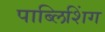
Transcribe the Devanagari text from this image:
पाब्लिशिंग